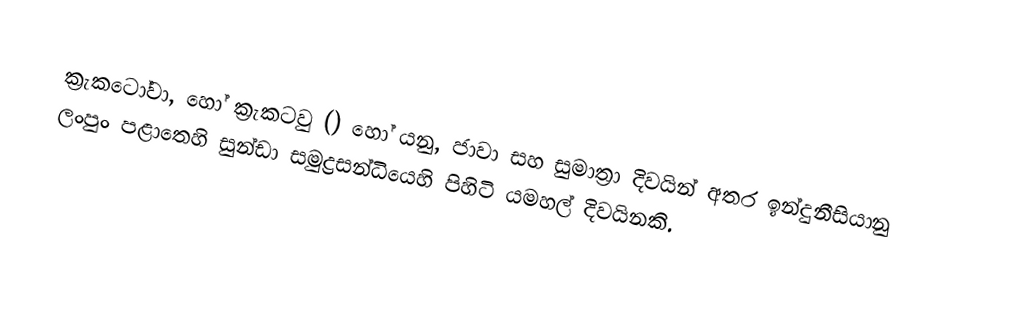
ක්‍රැකටෝවා, ‌හෝ ක්‍රැකටවු () හෝ යනු,  ජාවා සහ සුමාත්‍රා දිවයින් අතර  ඉන්දුනීසියානු ලංපුං පළාතෙහි සුන්ඩා සමුද්‍රසන්ධියෙහි  පිහිටි  යමහල් දිවයිනකි.